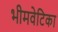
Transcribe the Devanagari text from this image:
भीमवेटिका